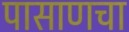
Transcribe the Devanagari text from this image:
पासाणचा